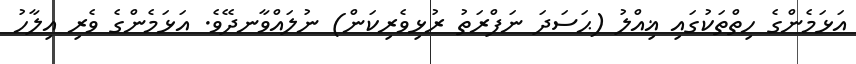
އަޅަމެންގެ ހިތްތަކުގައި ޣިއްލު (ޙަސަދަ ނަފްރަތު ރުޅިވެރިކަން) ނުލައްވާނދޭވެ. އަޅަމެންގެ ވެރި އިލާހު